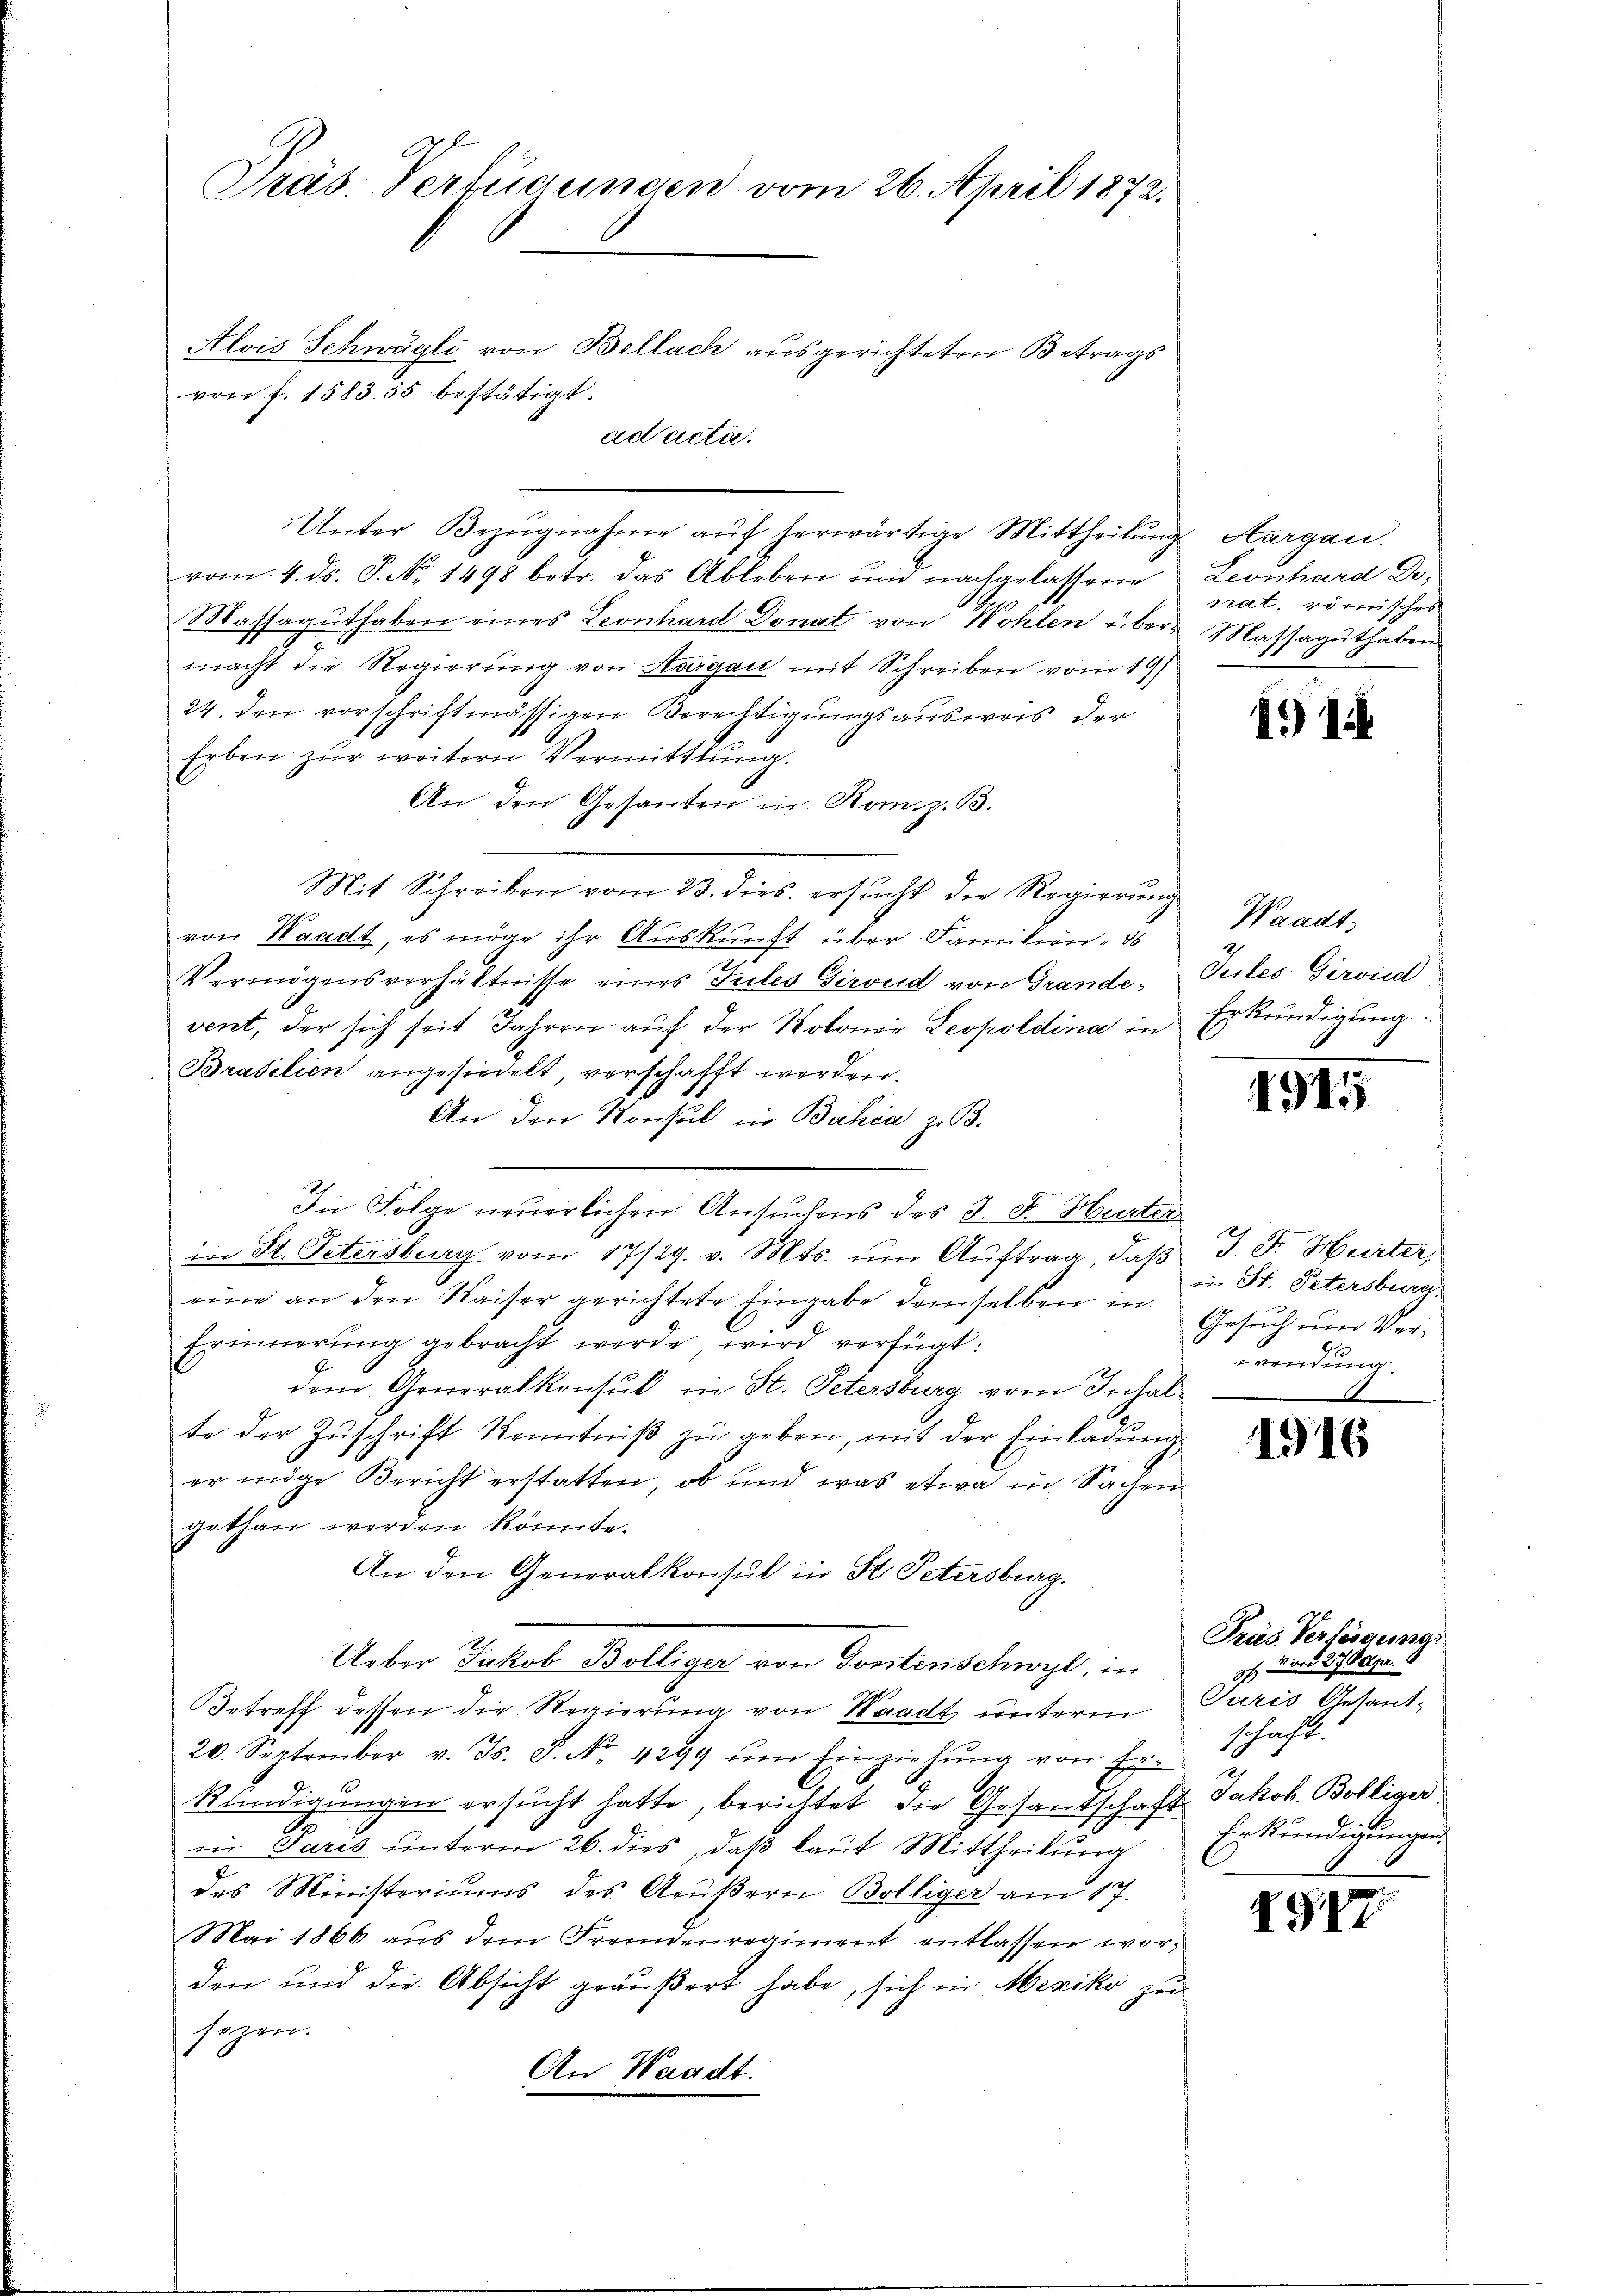
Präs. Verfügungen vom 26. April 1872.
Alois Schwägli von Bellach ausgerichteten Betrags
von f. 1583. 55 bestätigt.
ad acta.

vom 4. ds. S. No. 1498 betr. das Ableben und nachgelassene
Massaguthaben eines Leonhard Donat von Wohlen über Massaguthaben
macht die Regierung von Thurgau mit Schreiben vom 19.
24. den vorschriftmässigen Berechtigungsausweis der
Erben zur weitern Vermittlung.
An den Gesanten in Kanz. B.
Mit Schreiben vom 23. dies ersŭcht die Regierŭng Waadt
von Waadt, es möge ihr Auskunft über Familien, d
Vermögensverhältnisse eines Tules Giroud von Grandevent, der sich seit Jahren auf der Kolonie Leopoldina in
Brasilien angesiedelt, verschafft werden.
An den Konsul in Bahia z. B.
u
.
In Folge neuerlichen Ansuchens des J. F. Herter
in St. Petersburg vom 17/29. v. Mts. um Auftrag, daß J. Dr. Hurter,
eine an den Waiser gerichtete Eingabe demselben in
Erinnerung gebracht werde wird verfügt:
dem Generalkonsul in St. Petersburg vom Inhalte der Zŭschrift Kenntniβ zŭ geben, mit der Einladŭng
er mige Bericht erstatten, ob und was etwa in Sachen
gethan werden könnte.
An den Generalkonsul in St. Petersburg,
Ueber Jakob Bölliger von Forstenschwyl, in
Betreff dessen die Regierung von Waadt unterm
20. September v. Js. S. Nr. 4299 ŭm Einziehŭng von Er-
Kündigungen ersŭcht hatte, berichtet die Gesandschaft Jakob. Bolliger
in Paris unterm 26. dies, daß laut Mittheilung
des Ministeriums des Arŭβern Bolliger am 17.
Mai 1866 aus dem Fremdenregiment entlassen worden und die Absicht geäußert habe, sich in Mexiko zu
sezen.
An Waadt.

Unter Bezŭgnahme aŭf herwärtige Mittheilŭng Aargau.

Leonhard Dr.
srat. römisches

1) 1

Jules Girond
Erkundigung.

1915

in St. Petersburg.
Gesuch und Verwendung

1916

Präs. Versorgesser
ih u. und 27. Magn.
Paris Gesant-
schaft.
Erkundigungen.

1947.